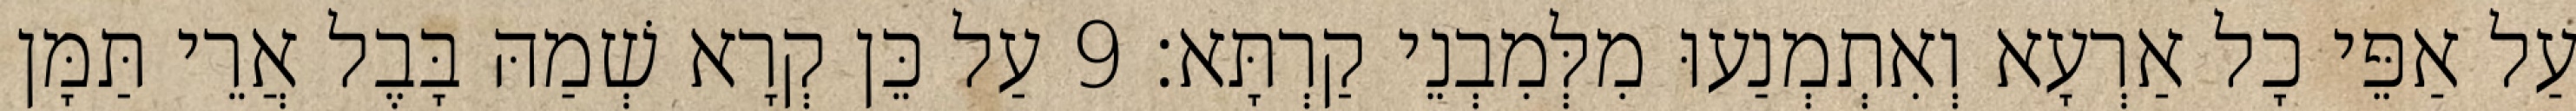
עַל אַפֵּי כָל אַרְעָא וְאִתְמְנַעוּ מִלְּמִבְנֵי קַרְתָּא׃ 9 עַל כֵּן קְרָא שְׁמַהּ בָּבֶל אֲרֵי תַּמָּן